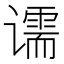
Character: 𰶌